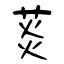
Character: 菼